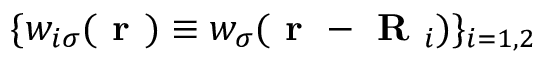
\{ w _ { i \sigma } ( \textbf { r } ) \equiv w _ { \sigma } ( \textbf { r } - \textbf { R } _ { i } ) \} _ { i = 1 , 2 }